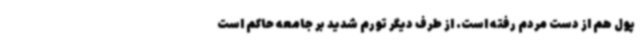
پول هم از دست مردم رفته است. از طرف دیگر تورم شدید بر جامعه حاکم است